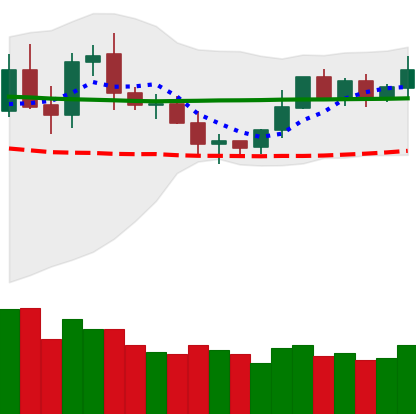
Ticker: DOGE-USD
Chart end date: 2020-02-02
Forward return: 12.196%
Label: up_7plus